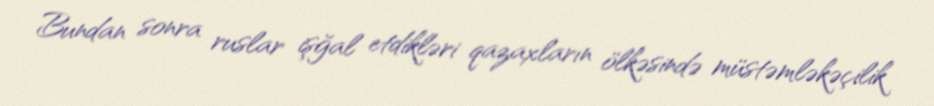
Bundan sonra ruslar işğal etdikləri qazaxların ölkəsində müstəmləkəçilik